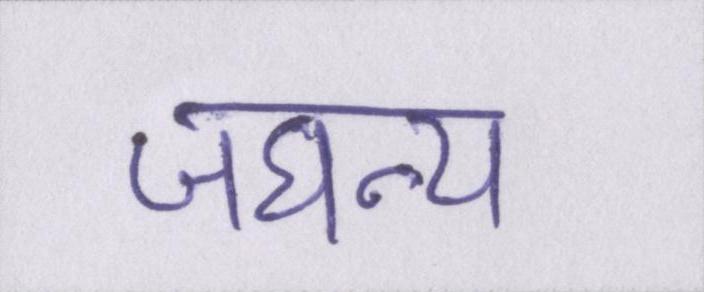
जघन्य